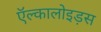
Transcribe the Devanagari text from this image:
ऍल्कालोइड़स